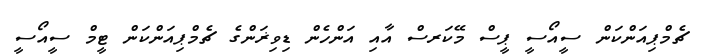
ޗެމްޕިއަންކަން ސީއޯސީ ޕީސް މޭކަރސް އާއި އަންހެން ޑިވިޜަންގެ ޗެމްޕިއަންކަން ޓީމް ސީއޯސީ